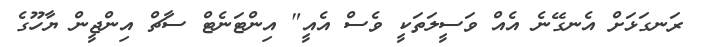
ރަނގަޅަށް އެނގޭނެ އެއް ވަސީލަތަކީ ވެސް އެއީ" އިންޓަނެޓް ސާޗް އިންޖީން ޔާހޫގެ